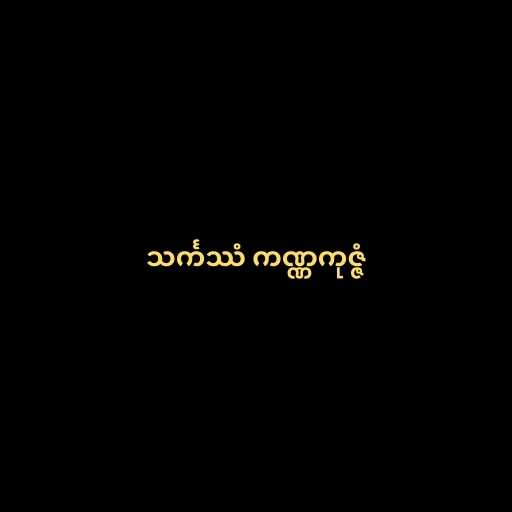
သင်္ကဿံ ကဏ္ဏကုဇ္ဇံ